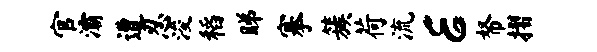
官灞遭忍浚稻睇搴簇荷流E帑摺